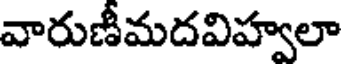
వారుణీమదవిహ్వలా